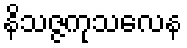
နိသဇ္ဇကုသလေန